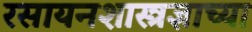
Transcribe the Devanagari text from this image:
रसायनशास्त्रज्ञाच्या